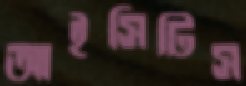
আইসিটিস